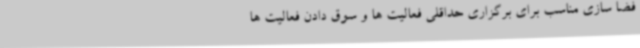
فضا سازی مناسب برای برگزاری حداقلی فعالیت ها و سوق دادن فعالیت ها